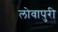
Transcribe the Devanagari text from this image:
लोवापुरी